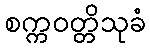
စက္ကဝတ္တိသုခံ